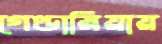
গেণ্ডারিয়ায়